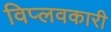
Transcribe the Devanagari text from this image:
विप्लवकारी